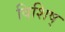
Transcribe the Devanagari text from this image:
विशिष्